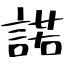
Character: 諾